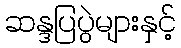
ဆန္ဒပြပွဲများနှင့်